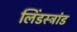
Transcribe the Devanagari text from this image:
लिंडस्ट्रांड